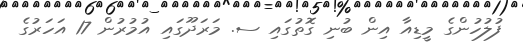
ފުލުހުންގެ މީޑިއާ އިން ބުނި ގޮތުގައި ސ. މަރަދޫގައި އުމުރުން 17 އަހަރުގެ